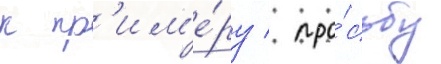
к пр'им'е́ру / про́сьбу